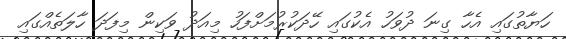
ހަޔާތުގައި އެހާ ގިނަ ދުވަހު އެކުގައި ހޭދަކުރުމަށްފަހު މިއަދު ވަކިން މިފަދަ ހާލަތެއްގައި